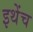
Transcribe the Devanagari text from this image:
इथेंच